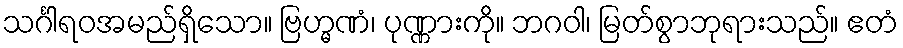
သင်္ဂါရဝအမည်ရှိသော။ ဗြဟ္မဏံ၊ ပုဏ္ဏားကို။ ဘဂဝါ၊ မြတ်စွာဘုရားသည်။ ဧတံ